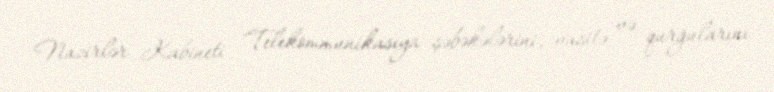
Nazirlər Kabineti "Telekommunikasiya şəbəkələrini, vasitə və qurğularını